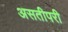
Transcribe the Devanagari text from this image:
असतीपरी